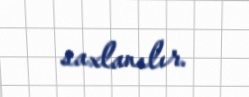
saxlanılır.